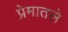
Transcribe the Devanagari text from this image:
प्रेमातले